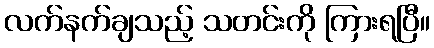
လက်နက်ချသည့် သတင်းကို ကြားရပြီ။